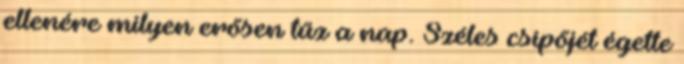
ellenére milyen erősen tűz a nap. Széles csípőjét égette